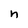
Character: n